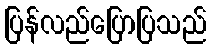
ပြန်လည်ပြောပြသည်